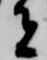
者